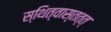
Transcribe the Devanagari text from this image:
स्थित्वास्तत्त्